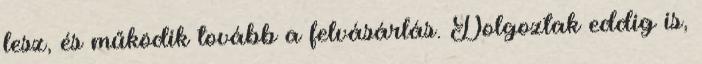
lesz, és működik tovább a felvásárlás. Dolgoztak eddig is,